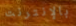
بالإنترنت